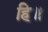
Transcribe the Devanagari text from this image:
हि॥